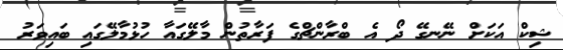
ޝިކް އަކަށް ނޭނގޭ ދޯ އެ ބްރާންޗްގެ ފަރާތުން މާލޭގައާ ހުޅުމާލޭގައި ބައިވަރު